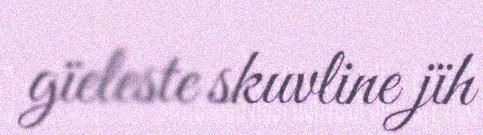
gïeleste skuvline jïh